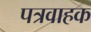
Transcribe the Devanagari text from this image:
पत्रवाहक